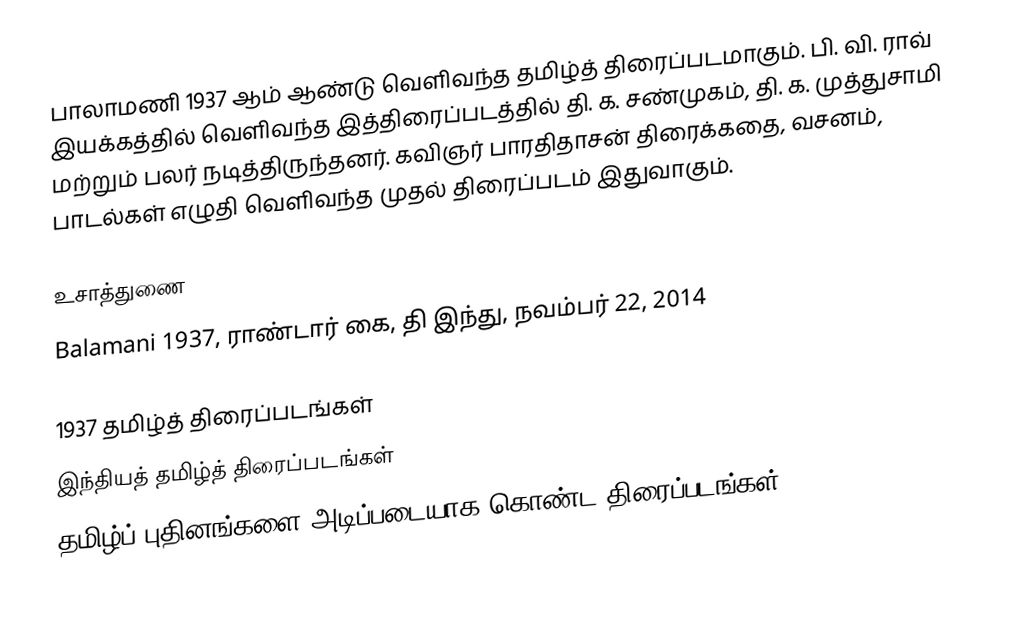
பாலாமணி 1937 ஆம் ஆண்டு வெளிவந்த தமிழ்த் திரைப்படமாகும். பி. வி. ராவ் இயக்கத்தில் வெளிவந்த இத்திரைப்படத்தில் தி. க. சண்முகம், தி. க. முத்துசாமி மற்றும் பலர் நடித்திருந்தனர். கவிஞர் பாரதிதாசன் திரைக்கதை, வசனம், பாடல்கள் எழுதி வெளிவந்த முதல் திரைப்படம் இதுவாகும்.

உசாத்துணை
Balamani 1937, ராண்டார் கை, தி இந்து, நவம்பர் 22, 2014

1937 தமிழ்த் திரைப்படங்கள்
இந்தியத் தமிழ்த் திரைப்படங்கள்
தமிழ்ப் புதினங்களை அடிப்படையாக கொண்ட திரைப்படங்கள்